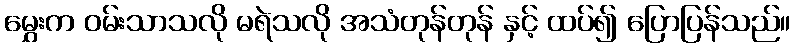
မွှေးက ဝမ်းသာသလို မရဲသလို အသံတုန်တုန် နှင့် ထပ်၍ ပြောပြန်သည်။